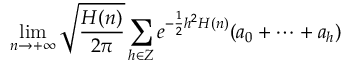
\operatorname* { l i m } _ { n \rightarrow + \infty } { \sqrt { \frac { H ( n ) } { 2 \pi } } } \sum _ { h \in Z } e ^ { - { \frac { 1 } { 2 } } h ^ { 2 } H ( n ) } ( a _ { 0 } + \cdots + a _ { h } )